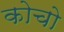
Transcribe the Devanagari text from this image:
कोचो